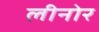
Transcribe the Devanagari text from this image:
लीनोर